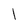
Character: 1